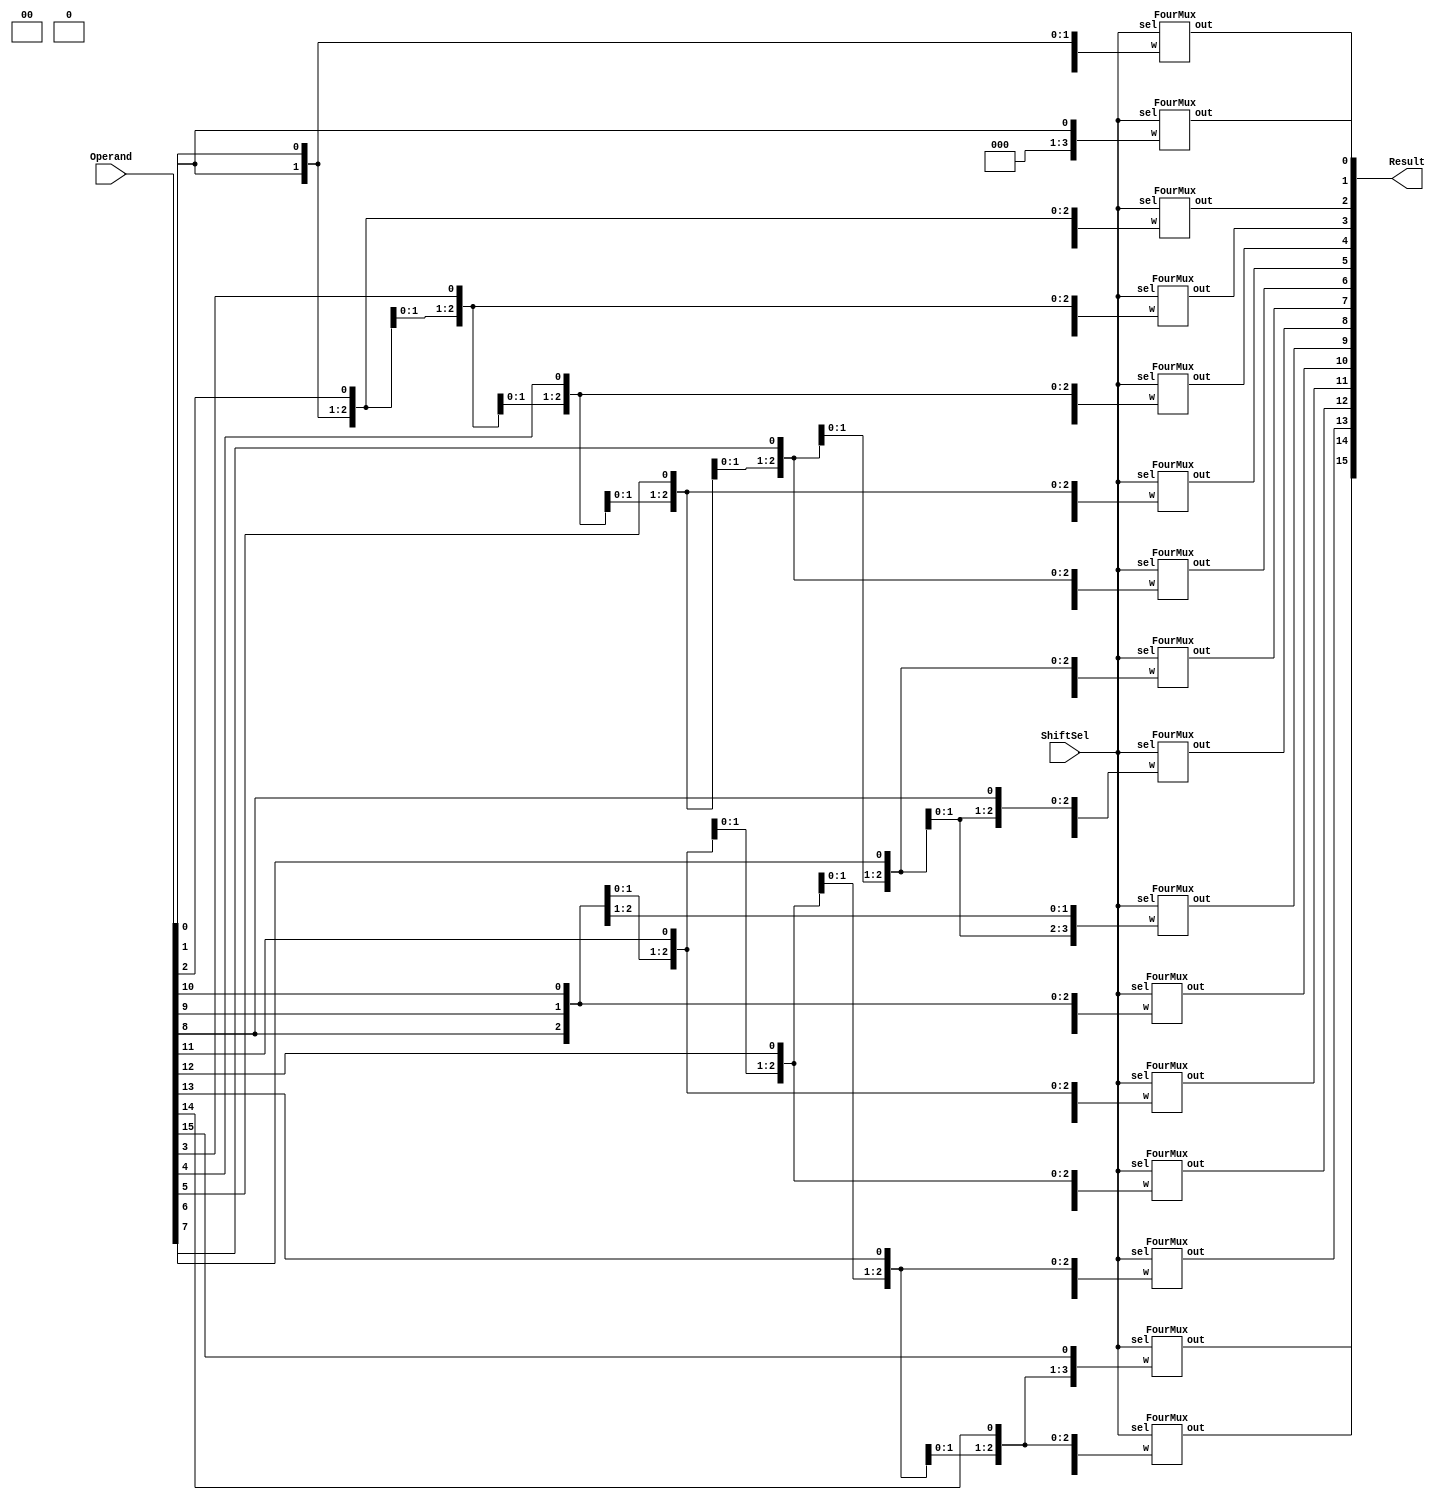


`timescale 1ns / 1ps
module BarrelShifter(Result, ShiftSel, Operand);
	output wire [15:0] Result;
	input wire [15:0] Operand;
	input wire [1:0] ShiftSel;


	FourMux mux0 (.out(Result[0]), .sel(ShiftSel), .w({3'b0, Operand[0]}));
	FourMux mux1 (.out(Result[1]), .sel(ShiftSel), .w({2'b0, Operand[0], Operand[1]}));
	FourMux mux2 (.out(Result[2]), .sel(ShiftSel), .w({1'b0, Operand[0], Operand[1], Operand[2]}));
	genvar i;
	generate
		for(i = 3; i < 16; i = i + 1)
		begin: muxes
			FourMux MX (.out(Result[i]), .sel(ShiftSel), 
				.w({Operand[i-3], Operand[i-2], Operand[i-1], Operand[i]}));
		end
	endgenerate
endmodule // BarrelShifter

module FourMux(out, sel, w);
	output 		 out;
	input  [3:0] w;
	input  [1:0] sel;
	wire   [1:0] selBar;
	wire   [3:0] ands;

	not n0 (selBar[0], sel[0]);
	not n1 (selBar[1], sel[1]);

	and a0 (ands[0], selBar[1], selBar[0], w[0]);   //Case 0
	and a1 (ands[1], selBar[1], sel[0], w[1]); 		//Case 1
	and a2 (ands[2], sel[1], selBar[0], w[2]);		//Case 2
	and a3 (ands[3], sel[1], sel[0], w[3]);			//Case 3

	// The output of this "or" gate collects criteria from
	// The previous "and" gates and connects to the
	// output of the module
	or outputOr (out, ands[3], ands[2], ands[1], ands[0]);

endmodule // FourMux